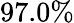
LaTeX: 97.0\%